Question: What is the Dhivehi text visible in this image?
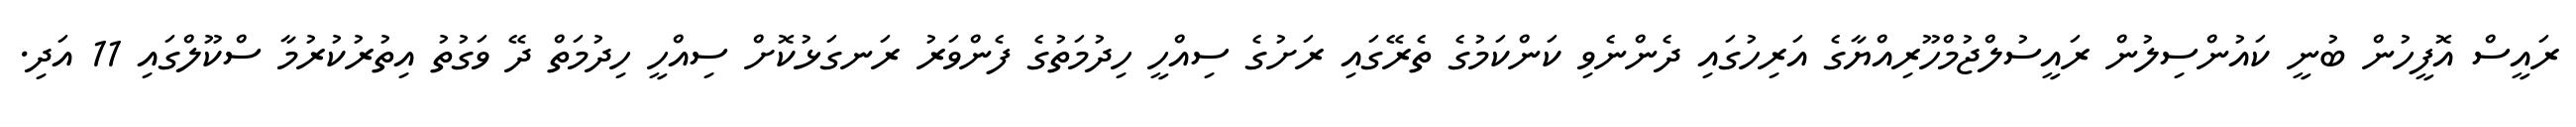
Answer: ރައީސް އޮފީހުން ބުނީ ކައުންސިލުން ރައީސުލްޖުމްހޫރިއްޔާގެ އަރިހުގައި ދެންނެވި ކަންކަމުގެ ތެރޭގައި ރަށުގެ ސިއްހީ ހިދުމަތުގެ ފެންވަރު ރަނގަޅުކޮށް ސިއްހީ ހިދުމަތް ދޭ ވަގުތު އިތުރުކުރުމާ ސްކޫލްގައި 11 އަދި.